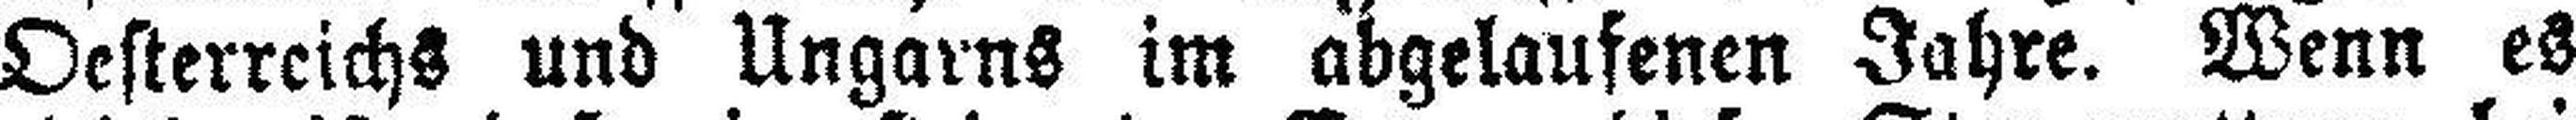
Oesterreichs und Ungarns im abgelaufenen Jahre. Wenn es